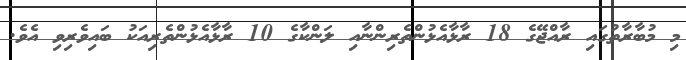
މި މުބާރާތުގައި ރާއްޖޭގެ 18 ރާޅާއެޅުންތެރިންނާއި ލަންކާގެ 10 ރާޅާއެޅުންތެރިއަކު ބައިވެރިވި އެވެ.